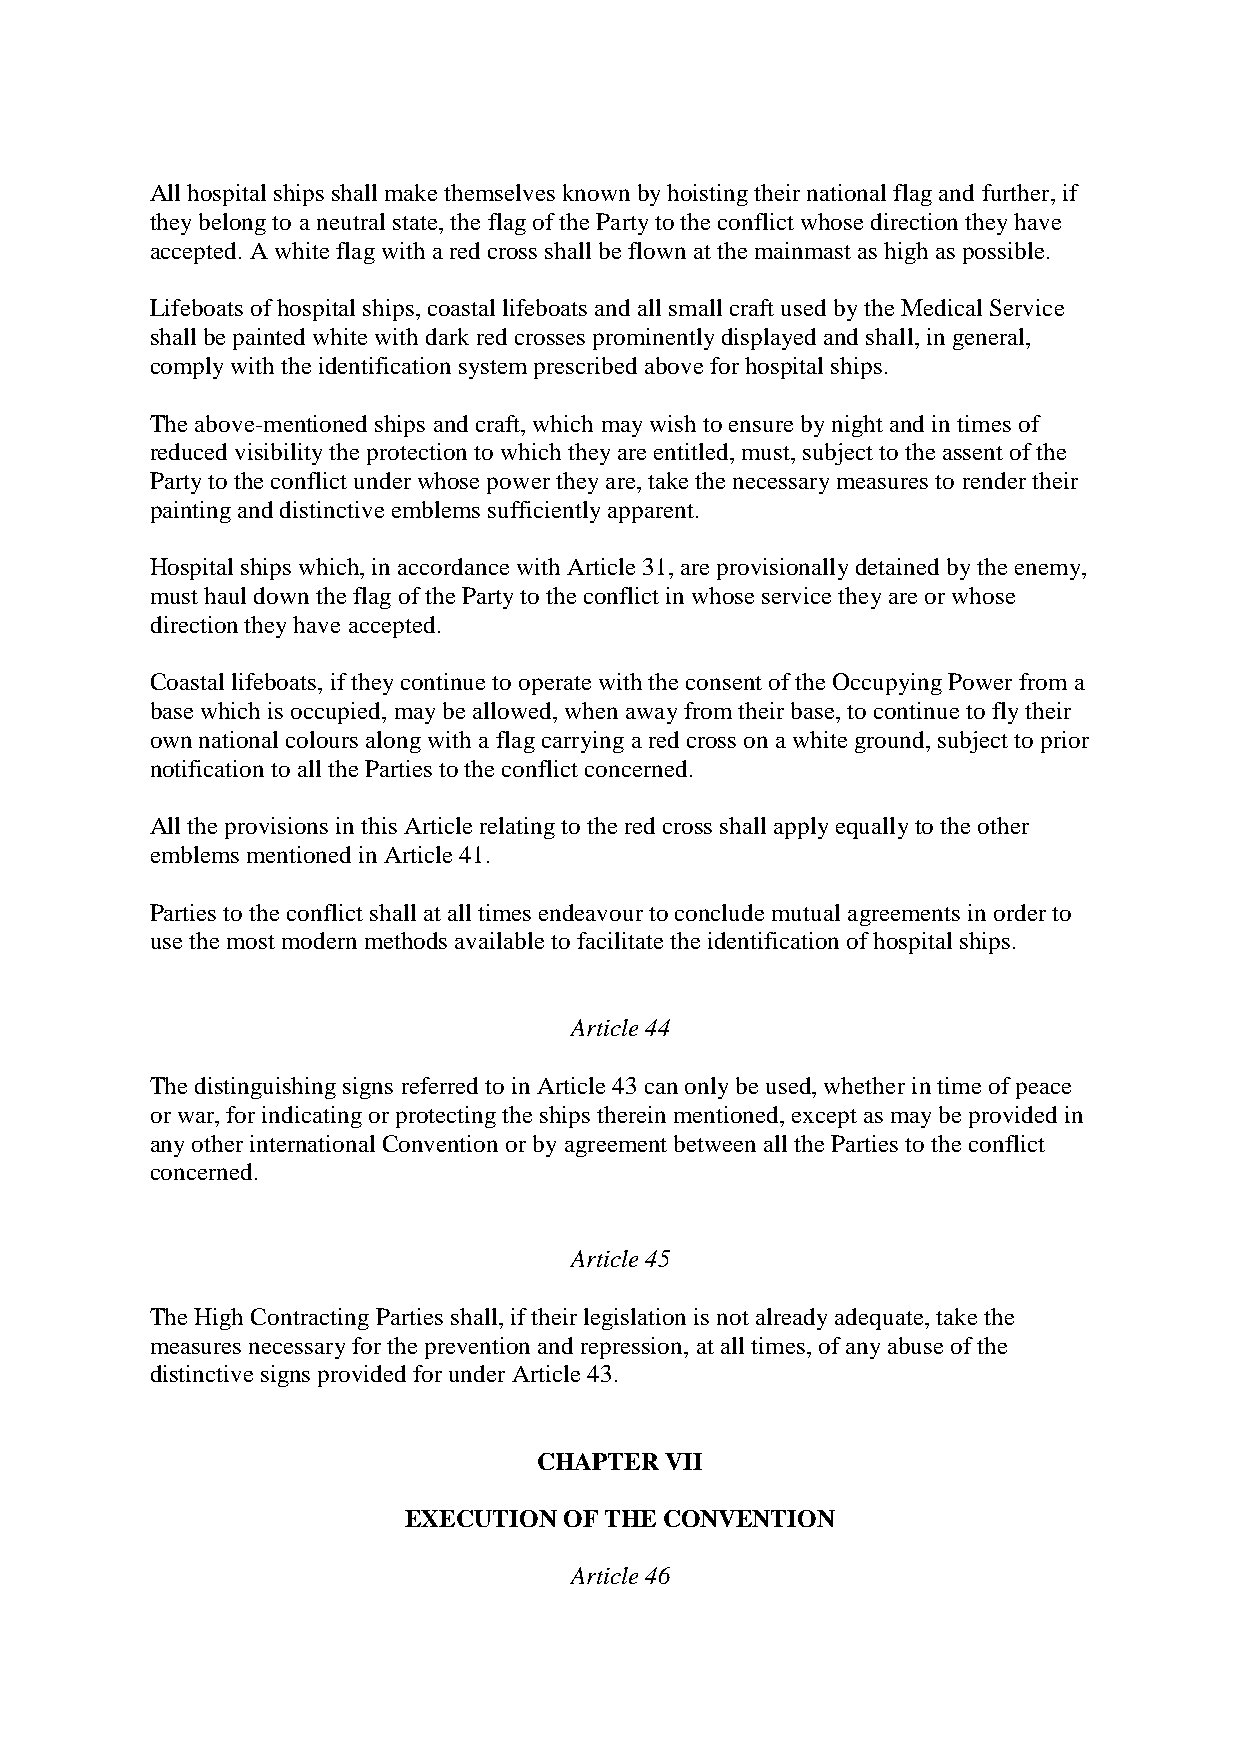
All hospital ships shall make themselves known by hoisting their national flag and further, if
 they belong to a neutral state, the flag of the Party to the conflict whose direction they have
 accepted. A white flag with a red cross shall be flown at the mainmast as high as possible.
 Lifeboats of hospital ships, coastal lifeboats and all small craft used by the Medical Service
 shall be painted white with dark red crosses prominently displayed and shall, in general,
 comply with the identification system prescribed above for hospital ships.
 The above-mentioned ships and craft, which may wish to ensure by night and in times of
 reduced visibility the protection to which they are entitled, must, subject to the assent of the
 Party to the conflict under whose power they are, take the necessary measures to render their
 painting and distinctive emblems sufficiently apparent.
 Hospital ships which, in accordance with Article 31, are provisionally detained by the enemy,
 must haul down the flag of the Party to the conflict in whose service they are or whose
 direction they have accepted.
 Coastal lifeboats, if they continue to operate with the consent of the Occupying Power from a
 base which is occupied, may be allowed, when away from their base, to continue to fly their
 own national colours along with a flag carrying a red cross on a white ground, subject to prior
 notification to all the Parties to the conflict concerned.
 All the provisions in this Article relating to the red cross shall apply equally to the other
 emblems mentioned in Article 41.
 Parties to the conflict shall at all times endeavour to conclude mutual agreements in order to
 use the most modern methods available to facilitate the identification of hospital ships.
 Article 44
 The distinguishing signs referred to in Article 43 can only be used, whether in time of peace
 or war, for indicating or protecting the ships therein mentioned, except as may be provided in
 any other international Convention or by agreement between all the Parties to the conflict
 concerned.
 Article 45
 The High Contracting Parties shall, if their legislation is not already adequate, take the
 measures necessary for the prevention and repression, at all times, of any abuse of the
 distinctive signs provided for under Article 43.
 CHAPTER VII
 EXECUTION OF THE CONVENTION
 Article 46